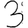
Digit: 3